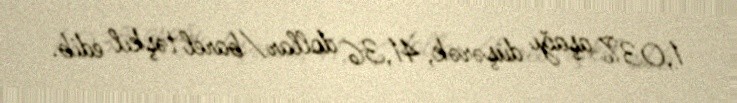
1,03% aşağı düşərək, 41,36 dollar/barel təşkil edib.